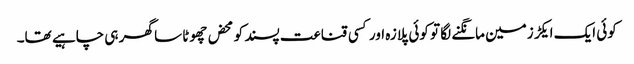
کوئی ایک ایکڑ زمین مانگنے لگا تو کوئی پلازہ اور کسی قناعت پسند کو محض چھوٹا سا گھر ہی چاہیے تھا۔